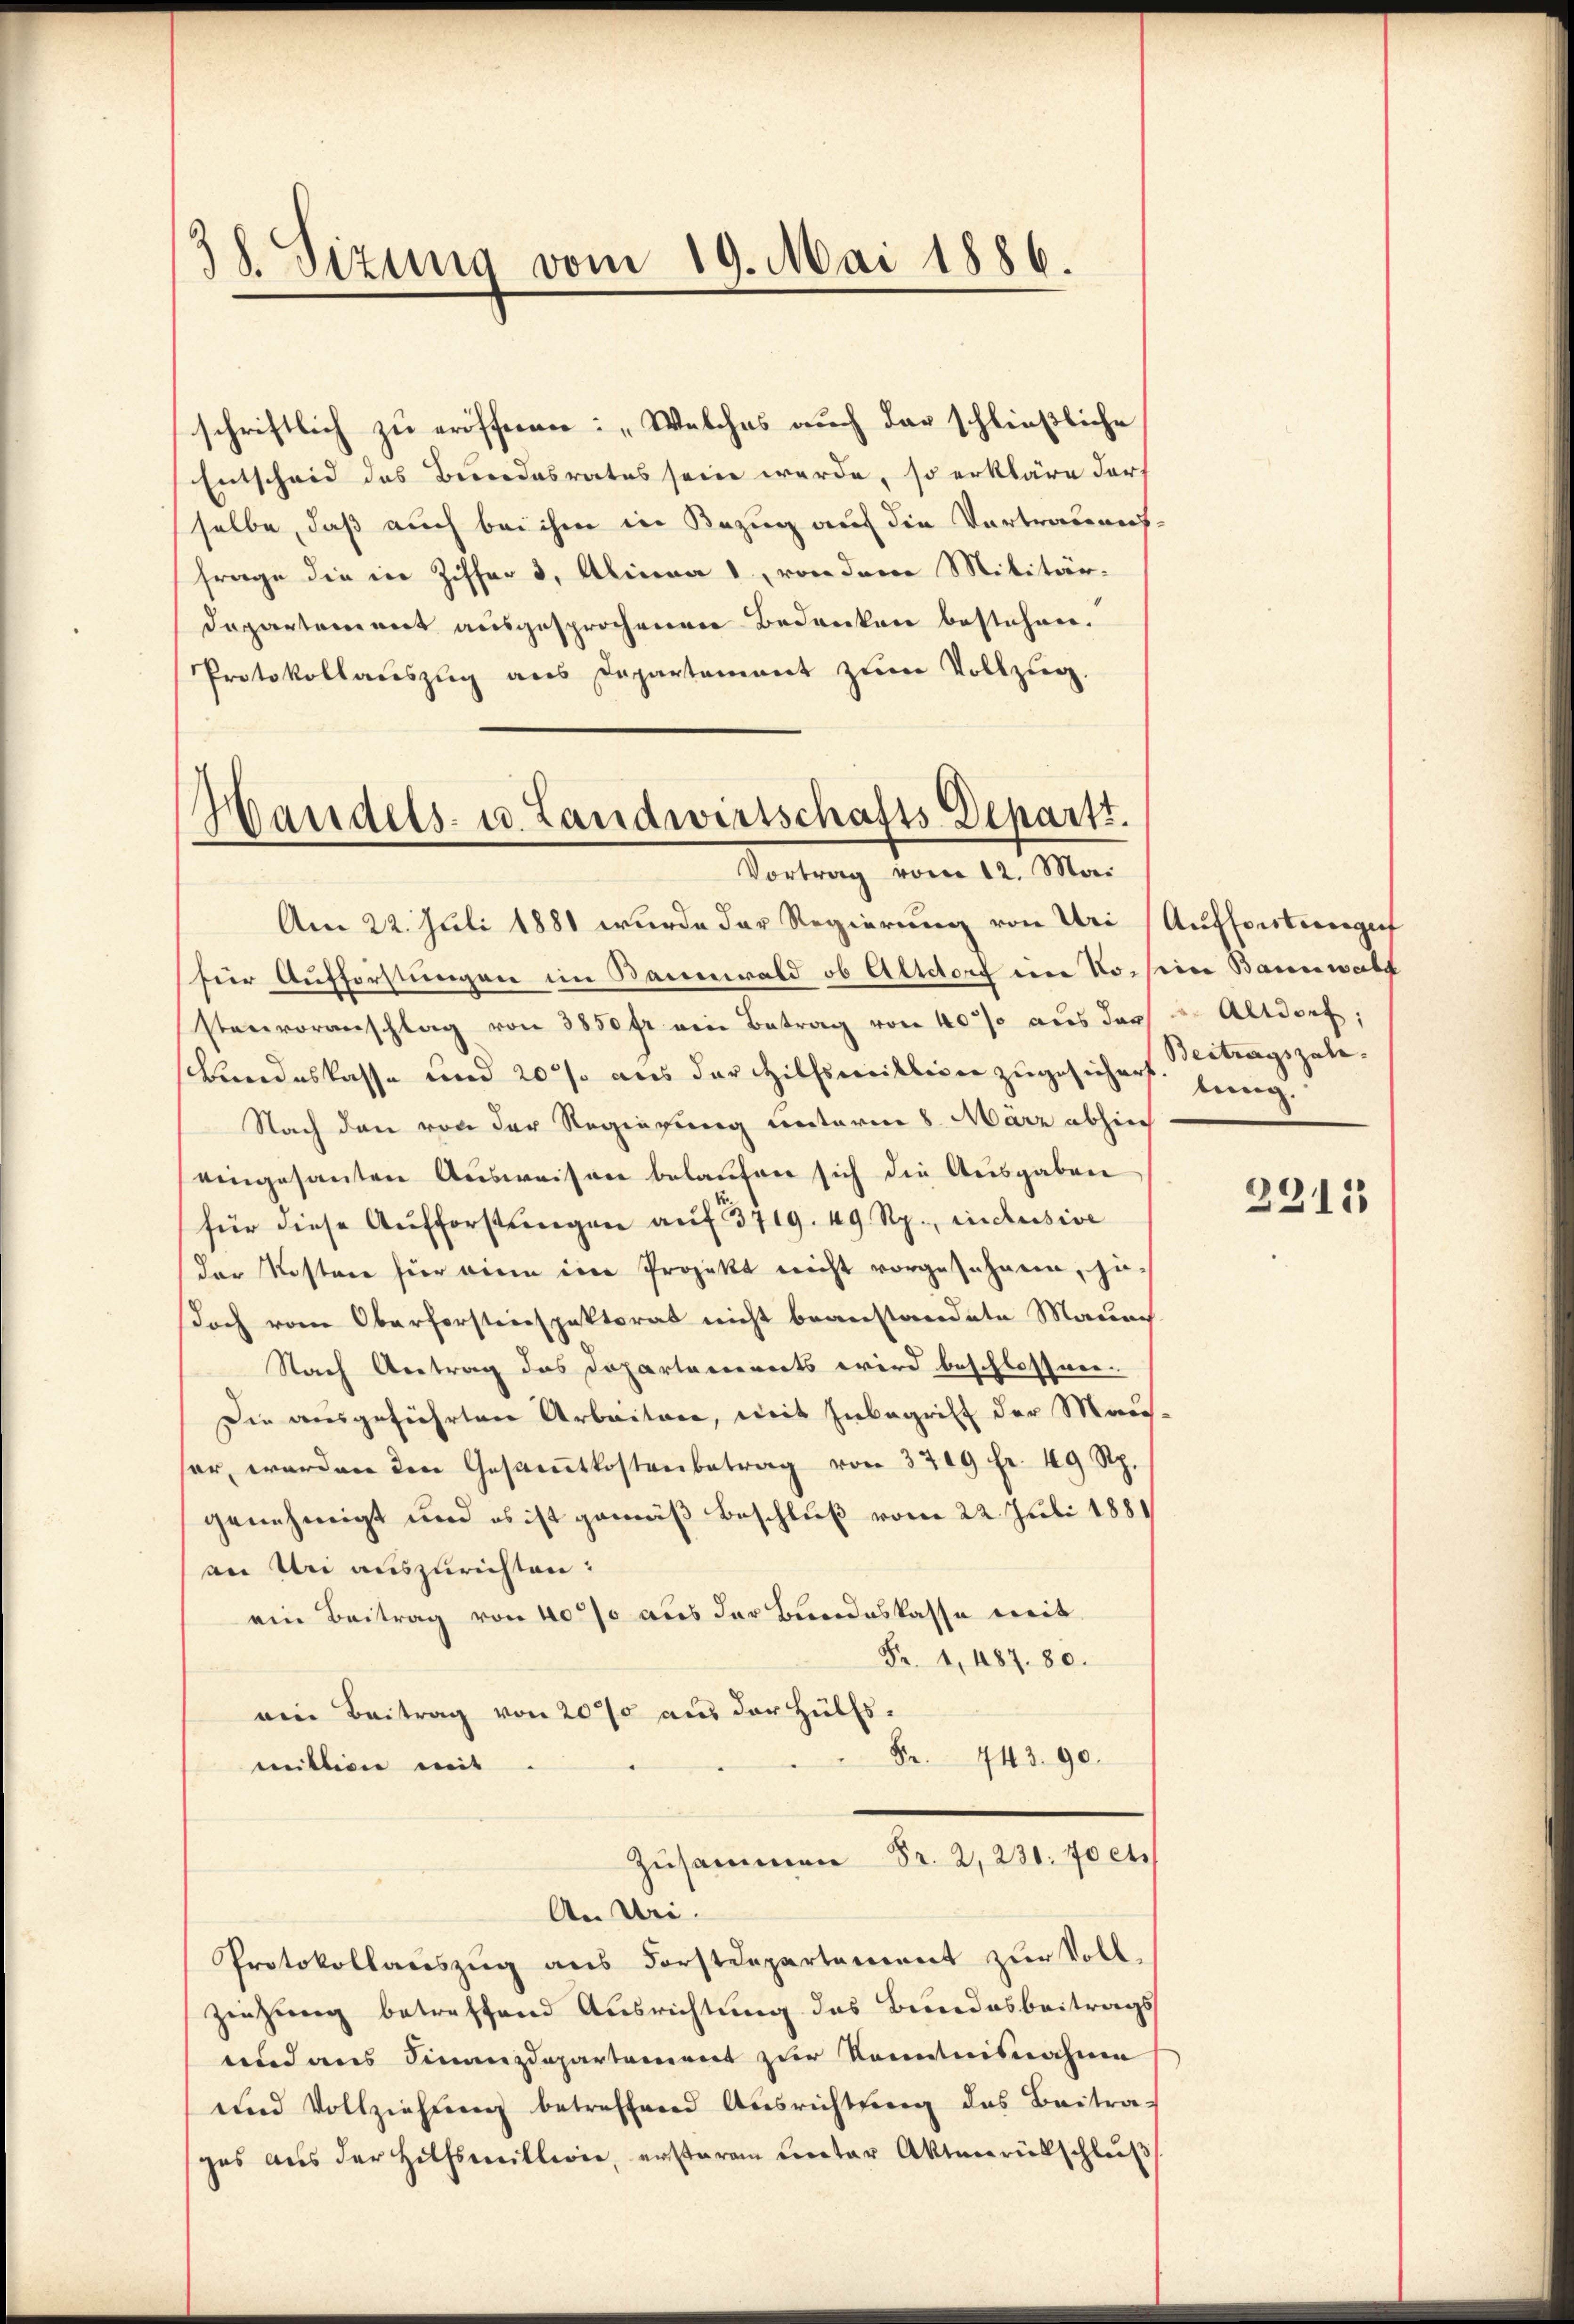
2
d. Sizung vom 19. Mai 1886.

Departement ausgesprochenen Bedenken bestehen.
Protokollauszug aus Departement zum Vollzug.

schriftlich zu eröffnen: „Welches auch das schließliche
Entscheid des Bundesrates sein werde, so erkläre darf
selbe, daß auch bei ihm in Bezug auf die Vortrauensfrage die in Ziffer 3, Alinea 1, von dem Militär-

Handels- u. Landwirtschafts-Depart.
Vortrag vom 12. Mai

Am 22. Juli 1881 wurde der Regierung von Uri (Auffortungef
für Aufforstungen im Bannwald ob Altdorf im No. seine Bannwald
stenvoranschlag von 3850 fr ein Betrag von 40% aus des Altdorf;
Bundeskasse und 20% aus der Hilfsmilliger zugesichers. Beitragszale¬
Nach den von der Regierung unterm 8. März abhin
eingesanten Aŭsweisen belaŭfen sich die Ausgaben
für diese Aufforstungen auf 3719. 49 Rp., inclusive
der Kostere hier eine eine Projekt nicht vorgesehnen, jedoch vom Oberforsteinspektorat nicht beanstandete Mauer
Nach Antrag des Departements wird beschlossen.
Die ausgeführten Arbeitere, mit Inbegriff der Man-
ser, werden den Gesamtkostenbetrag von 329 fr. 49 Rp.
genehmigt und es ist gemäß Beschluß vom 22. Juli 1881
an Uri auszurichten:
ein Beitrag von 40% aus der Bundeskasse mit
Fr. 1, 487. 80.
ein Beitrag von 200 aus der Hülfs¬
Fr. 443. 90.
mittion mit
Zusammen Fr. 2, 230. Jet
An Uri.
Protokollauszug aus Forstdepartement zur Voll-
ziehung betreffend Ausrichtung des Bundesbeitrags
und aus Finanzdepartement zur Kenntnisnahme
und Vollziehŭng betreffend Ausrichtŭng des Beitrages aŭs der Hilfsmitleie, erstaren unter Aktenrütschlŭβ

tung.

2212